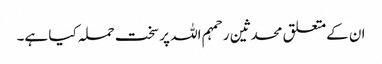
ان کےمتعلق محدثین رحمہم اللہ پر سخت حملہ کیا ہے۔